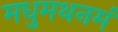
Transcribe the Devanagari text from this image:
मधुमथनमं